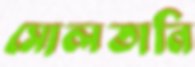
সোলতানি